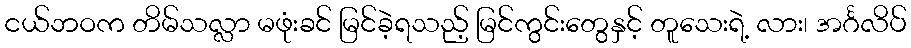
ငယ်ဘဝက တိမ်သလ္လာ မဖုံးခင် မြင်ခဲ့ရသည့် မြင်ကွင်းတွေနှင့် တူသေးရဲ့ လား၊ အင်္ဂလိပ်